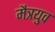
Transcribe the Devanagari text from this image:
मैत्रयुव